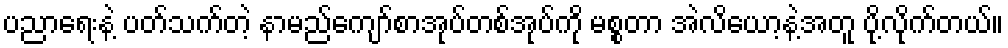
ပညာရေးနဲ့ ပတ်သက်တဲ့ နာမည်ကျော်စာအုပ်တစ်အုပ်ကို မစ္စတာ အဲလိယော့နဲ့အတူ ပို့လိုက်တယ်။